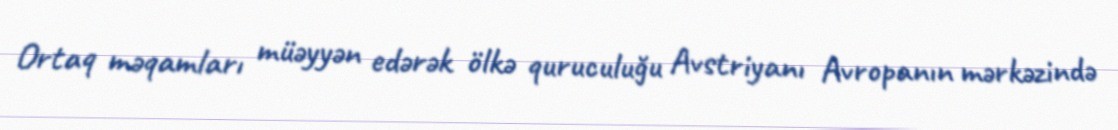
Ortaq məqamları müəyyən edərək ölkə quruculuğu Avstriyanı Avropanın mərkəzində